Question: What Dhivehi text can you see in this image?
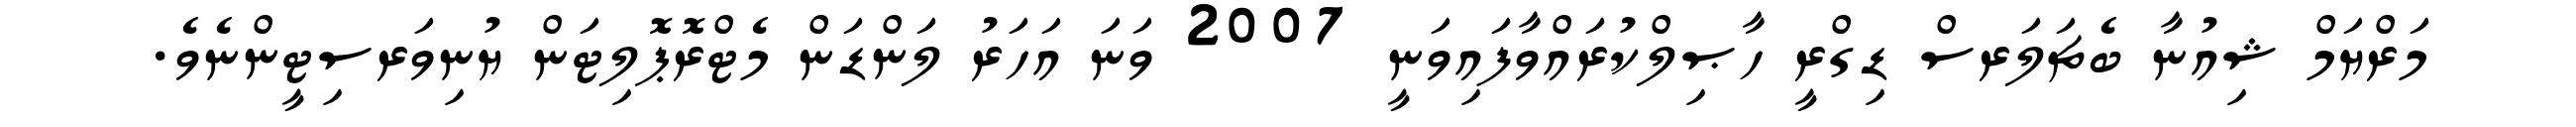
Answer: މަރްޔަމް ޝިއުނާ ބެޗަލަރސް ޑިގްރީ ހާޞިލްކުރައްވާފައިވަނީ 2007 ވަނަ އަހަރު ލަންޑަން މެޓްރޮޕޮލިޓަން ޔުނިވަރސިޓީންނެވެ.